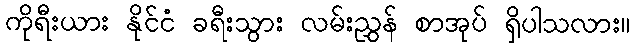
ကိုရီးယား နိုင်ငံ ခရီးသွား လမ်းညွှန် စာအုပ် ရှိပါသလား။